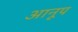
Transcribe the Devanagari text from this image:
आनूप